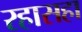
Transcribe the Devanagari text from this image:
रहासहा